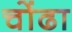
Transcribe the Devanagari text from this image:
चोंढा